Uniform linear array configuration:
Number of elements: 32
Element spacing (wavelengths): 0.5
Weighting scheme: uniform
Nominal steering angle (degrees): -15
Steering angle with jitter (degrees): -16.495
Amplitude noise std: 0.05
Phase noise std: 0.05

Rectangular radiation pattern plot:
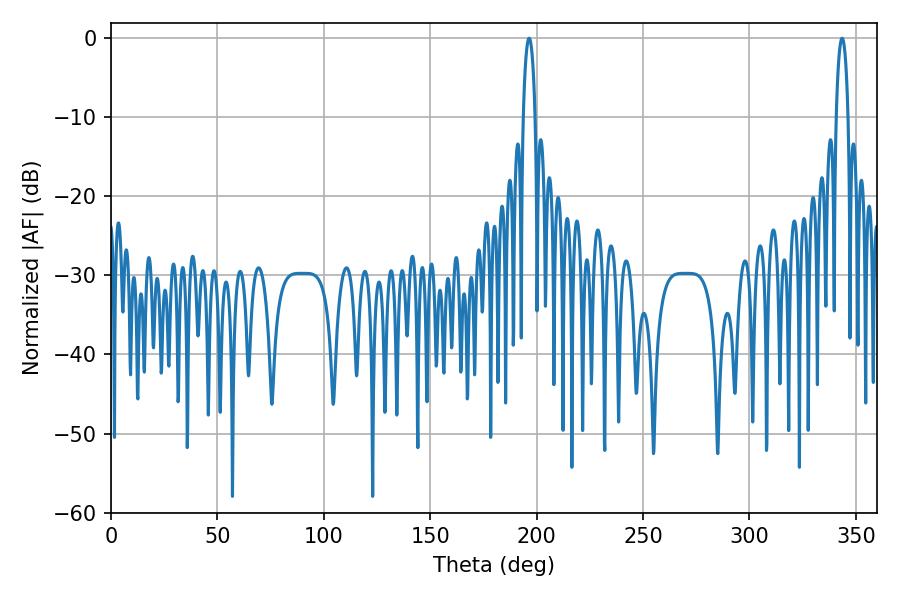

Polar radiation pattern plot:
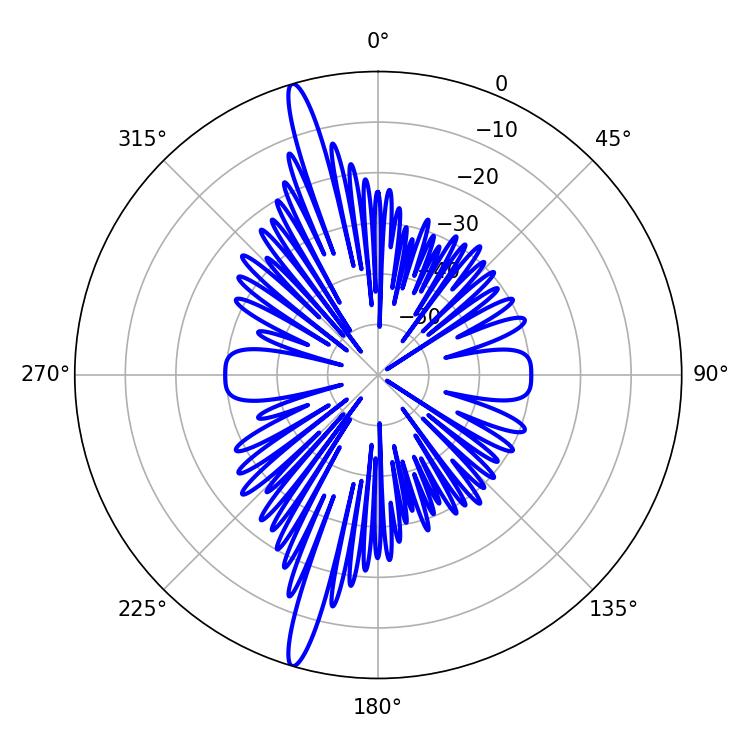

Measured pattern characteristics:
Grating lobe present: FALSE
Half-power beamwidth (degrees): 3.06
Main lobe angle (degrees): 196.38